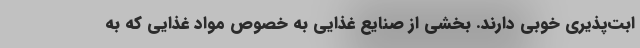
ابت‌پذیری خوبی دارند. بخشی از صنایع غذایی به خصوص مواد غذایی که به